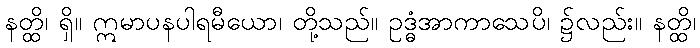
နတ္ထိ၊ ရှိ။ ဣမာပနပါရမီယော၊ တို့သည်။ ဥဒ္ဓံအာကာသေပိ၊ ၌လည်း။ နတ္ထိ၊